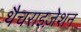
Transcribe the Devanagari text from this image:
थैचराइज़ेशन